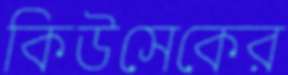
কিউসেকের